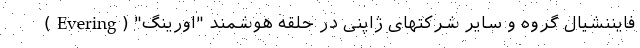
فایننشیال گروه و سایر شرکتهای ژاپنی در حلقه هوشمند "اورینگ" (Evering)